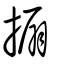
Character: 搧